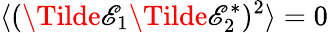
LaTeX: \langle(\Tilde{\mathscr{E}}_{1}\Tilde{\mathscr{E}}_{2}^{*})^{2}\rangle=0